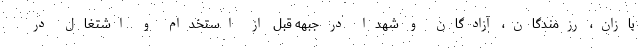
بازان، رزمندگان، آزادگان و شهدا در جبهه قبل از استخدام و اشتغال در